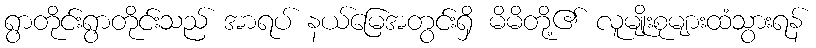
ရွာတိုင်းရွာတိုင်းသည် အာရပ် နယ်မြေအတွင်းရှိ မိမိတို့၏ လူမျိုးစုများထံသွားရန်